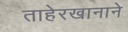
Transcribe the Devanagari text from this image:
ताहेरखानाने